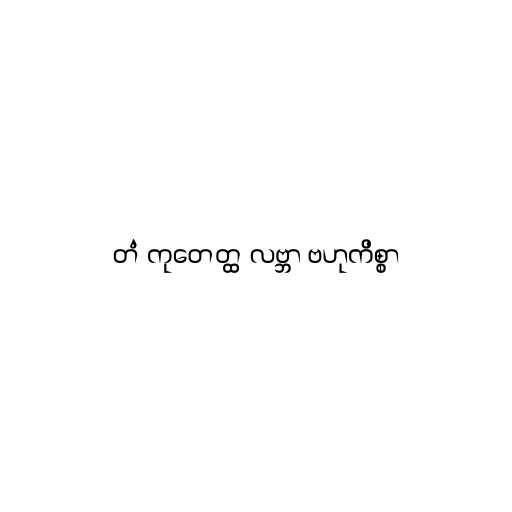
တံ ကုတေတ္ထ လဗ္ဘာ ဗဟုကိစ္စာ